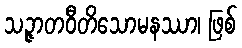
သဉ္ဇာတဝီတိသောမနဿာ၊ ဖြစ်